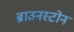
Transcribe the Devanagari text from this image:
ब्राउनस्टोन